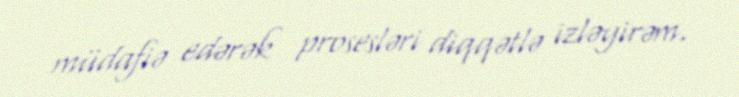
müdafiə edərək prosesləri diqqətlə izləyirəm.